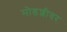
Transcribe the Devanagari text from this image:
मोडशीवर